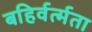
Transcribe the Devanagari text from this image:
बहिर्वर्त्मता